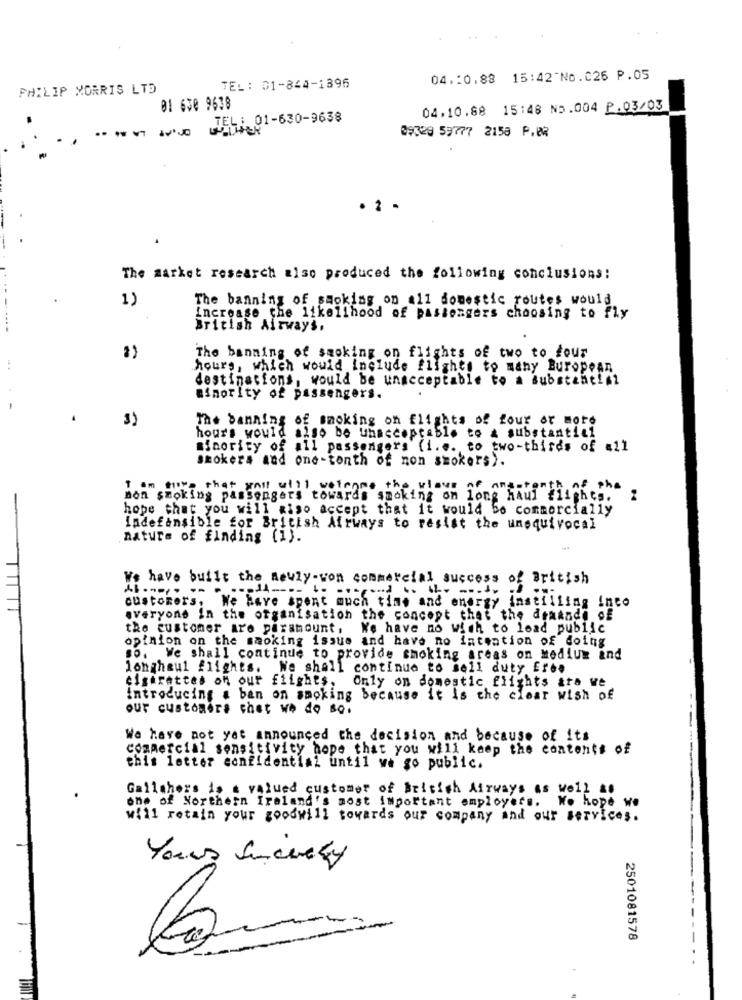
04.10.88 15:42"No.026 P.05
PHILIP MORRIS LTD
TEL: 01-844-1396
DI 630 9638
04.10.88 15:48 N5.004 P.03/03
TEL: 01-630-9638
----
09328 59777 2158 F.B2
· 2 -
The market research also produced the following conclusions:
1)
The banning of smoking on all domestic routes would
increase the likelihood of passengers choosing to fly
British Airways.
The banning of smoking on flights of two to four
hours, which would include flights to mahy European
destinations, would be unacceptable to a substanti#1
minorIty of passengers.
The banning of smoking on flights of four or more
3)
hour's would also be unacceptable to & substantial
minority of all passengers (i.e. to two-thirds of all
smokers and one-tonth of non smokers).
I am sure that gail will welcome the vlove of ontatengo
of the
non smoking passengers towards smoking on long haul flights.
hope that you will also accept that it would be commercially
indefensible for British Airways to resist the unequivocal
nature of finding (1).
We have built the newly-won commercial success of British
customers, We have spent much time and energy instilling inco
everyone In the organisation the concept that the deakade of
the customer are paramount,
We have no wish to load public
opinion on the smoking issue and have no intention of doing
so. We shall continue to provide smoking areas on Medium and
lonaheul flights. We shall continue to sell duty Erbe
cigarettes on our flights.
Only on domestic flights are we
Introducing a ban on smoking because it is the clear wish of
our customers that we do so.
We have not yet announced the decision and because of its
commercial sensitivity hope that you will keep the contents of
this letter confidential until we go public.
Gallahers is a valued customer of British Airways as well as
one of Northern Ireland's most important employers. Wo hope we
will retain your goodwill towards our company and our services.
Yours Sincerely
2501081578